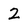
Character: 2